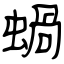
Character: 蝸